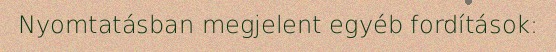
Nyomtatásban megjelent egyéb fordítások: